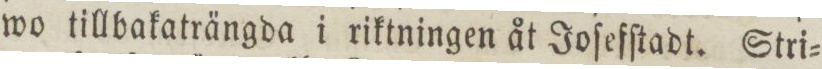
wo tillbakaträngda i riktningen åt Joſefſtadt. Stri=